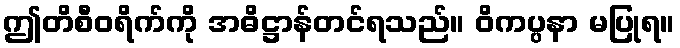
ဤတိစီဝရိက်ကို အဓိဋ္ဌာန်တင်ရသည်။ ဝိကပ္ပနာ မပြုရ။